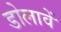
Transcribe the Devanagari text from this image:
डोलावें